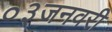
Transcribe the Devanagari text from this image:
०३जनवरी